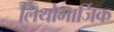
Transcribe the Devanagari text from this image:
लिथोमार्जिक